Civil Veterinary Dept. Assam report 1927-50 - 1927-1950
Year: 1927
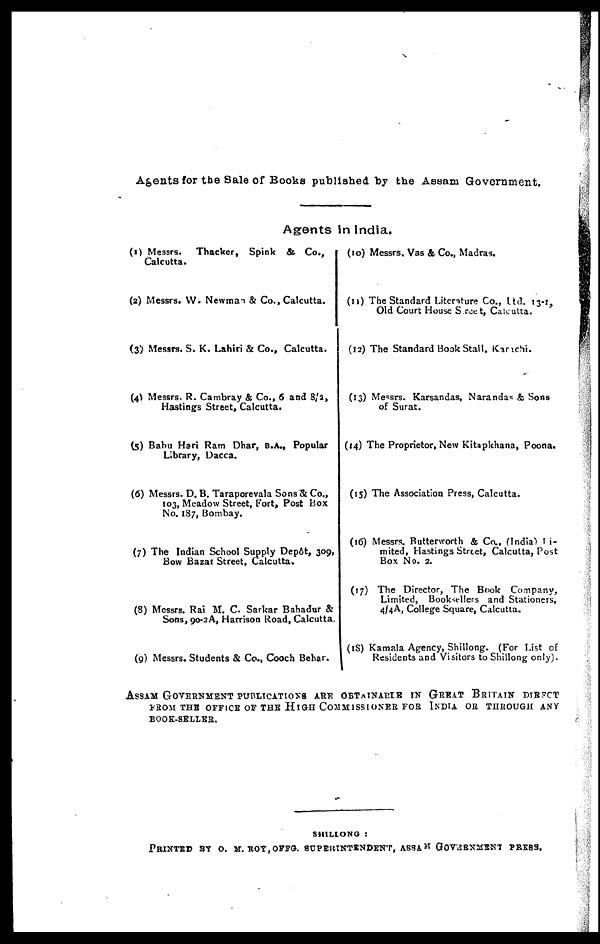
Agents for the Sale of Books published by the Assam Government.
Agents In India.
(1) Messrs. Thacker, Spink & Co.,
Calcutta.
(2) Messrs. W. Newman & Co., Calcutta.
(3) Messrs. S. K. Lahiri & Co., Calcutta.
(4) Messrs. R. Cambray & Co., 6 and 8/2,
Hastings Street, Calcutta.
(5) Babu Hari Ram Dhar, B.A., Popular
Library, Dacca.
(6) Messrs. D. B. Taraporevala Sons & Co.,
103, Meadow Street, Fort, Post Box
No. 187, Bombay.
(7) The Indian School Supply Depôt, 309,
Bow Bazar Street, Calcutta.
(8) Messrs. Rai M. C. Sarkar Bahadur &
Sons, 90-2A, Harrison Road, Calcutta.
(9) Messrs. Students & Co., Cooch Behar.
(10) Messrs. Vas & Co., Madras.
(11) The Standard Literature Co., Ltd. 13-r,
Old Court House Street, Calcutta.
(12) The Standard Book Stall, Karachi.
(13) Messrs. Karsandas, Narandas & Sons
of Surat.
(14) The Proprietor, New Kitapkhana, Poona.
(15) The Association Press, Calcutta.
(16) Messrs. Butterworth & Co., (India) Li-
mited, Hastings Street, Calcutta, Post
Box No. 2.
(17) The Director, The Book Company,
Limited, Booksellers and Stationers,
4/4A, College Square, Calcutta.
(18) Kamala Agency, Shillong. (For List of
Residents and Visitors to Shillong only).
ASSAM GOVERNMENT PUBLICATIONS ARE OBTAINABLE IN GREAT BRITAIN DIRECT
FROM THE OFFICE OF THE HIGH COMMISSIONER FOR INDIA OR THROUGH ANY
BOOK-SELLER.
SHILLONG :
PRINTED BY O. M. ROY, OFFG. SUPERINTENDENT, ASSAM GOVERNMENT PRESS.